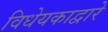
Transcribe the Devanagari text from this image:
विधेयकाद्वारे